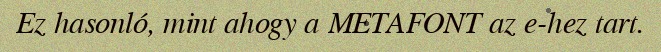
Ez hasonló, mint ahogy a METAFONT az e-hez tart.